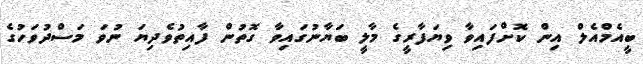
ބީއެމްއެލް އިން ކޮށްފައިވާ ވިޔަފާރީގެ މާލީ ބަޔާނުގައިވާ ގޮތުން ފާއިތުވެދިޔަ ނުވަ މަސްދުވަހުގެ